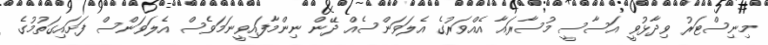
މިނިސްޓަރު ވިދާޅުވީ އަސާސީ މުސާރައާ އެއްވަރުގެ އެލަވަންސެއް ދޭން ނިންމާފައިވީނަމަވެސް އެލަވަންސް ފަށައިގަތުމުގެ